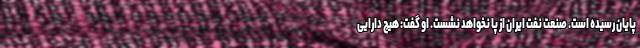
پایان رسیده است. صنعت نفت ایران از پا نخواهد نشست. او گفت: هیچ دارایی